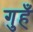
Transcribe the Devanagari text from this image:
गुहँ